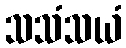
သသံသယံ